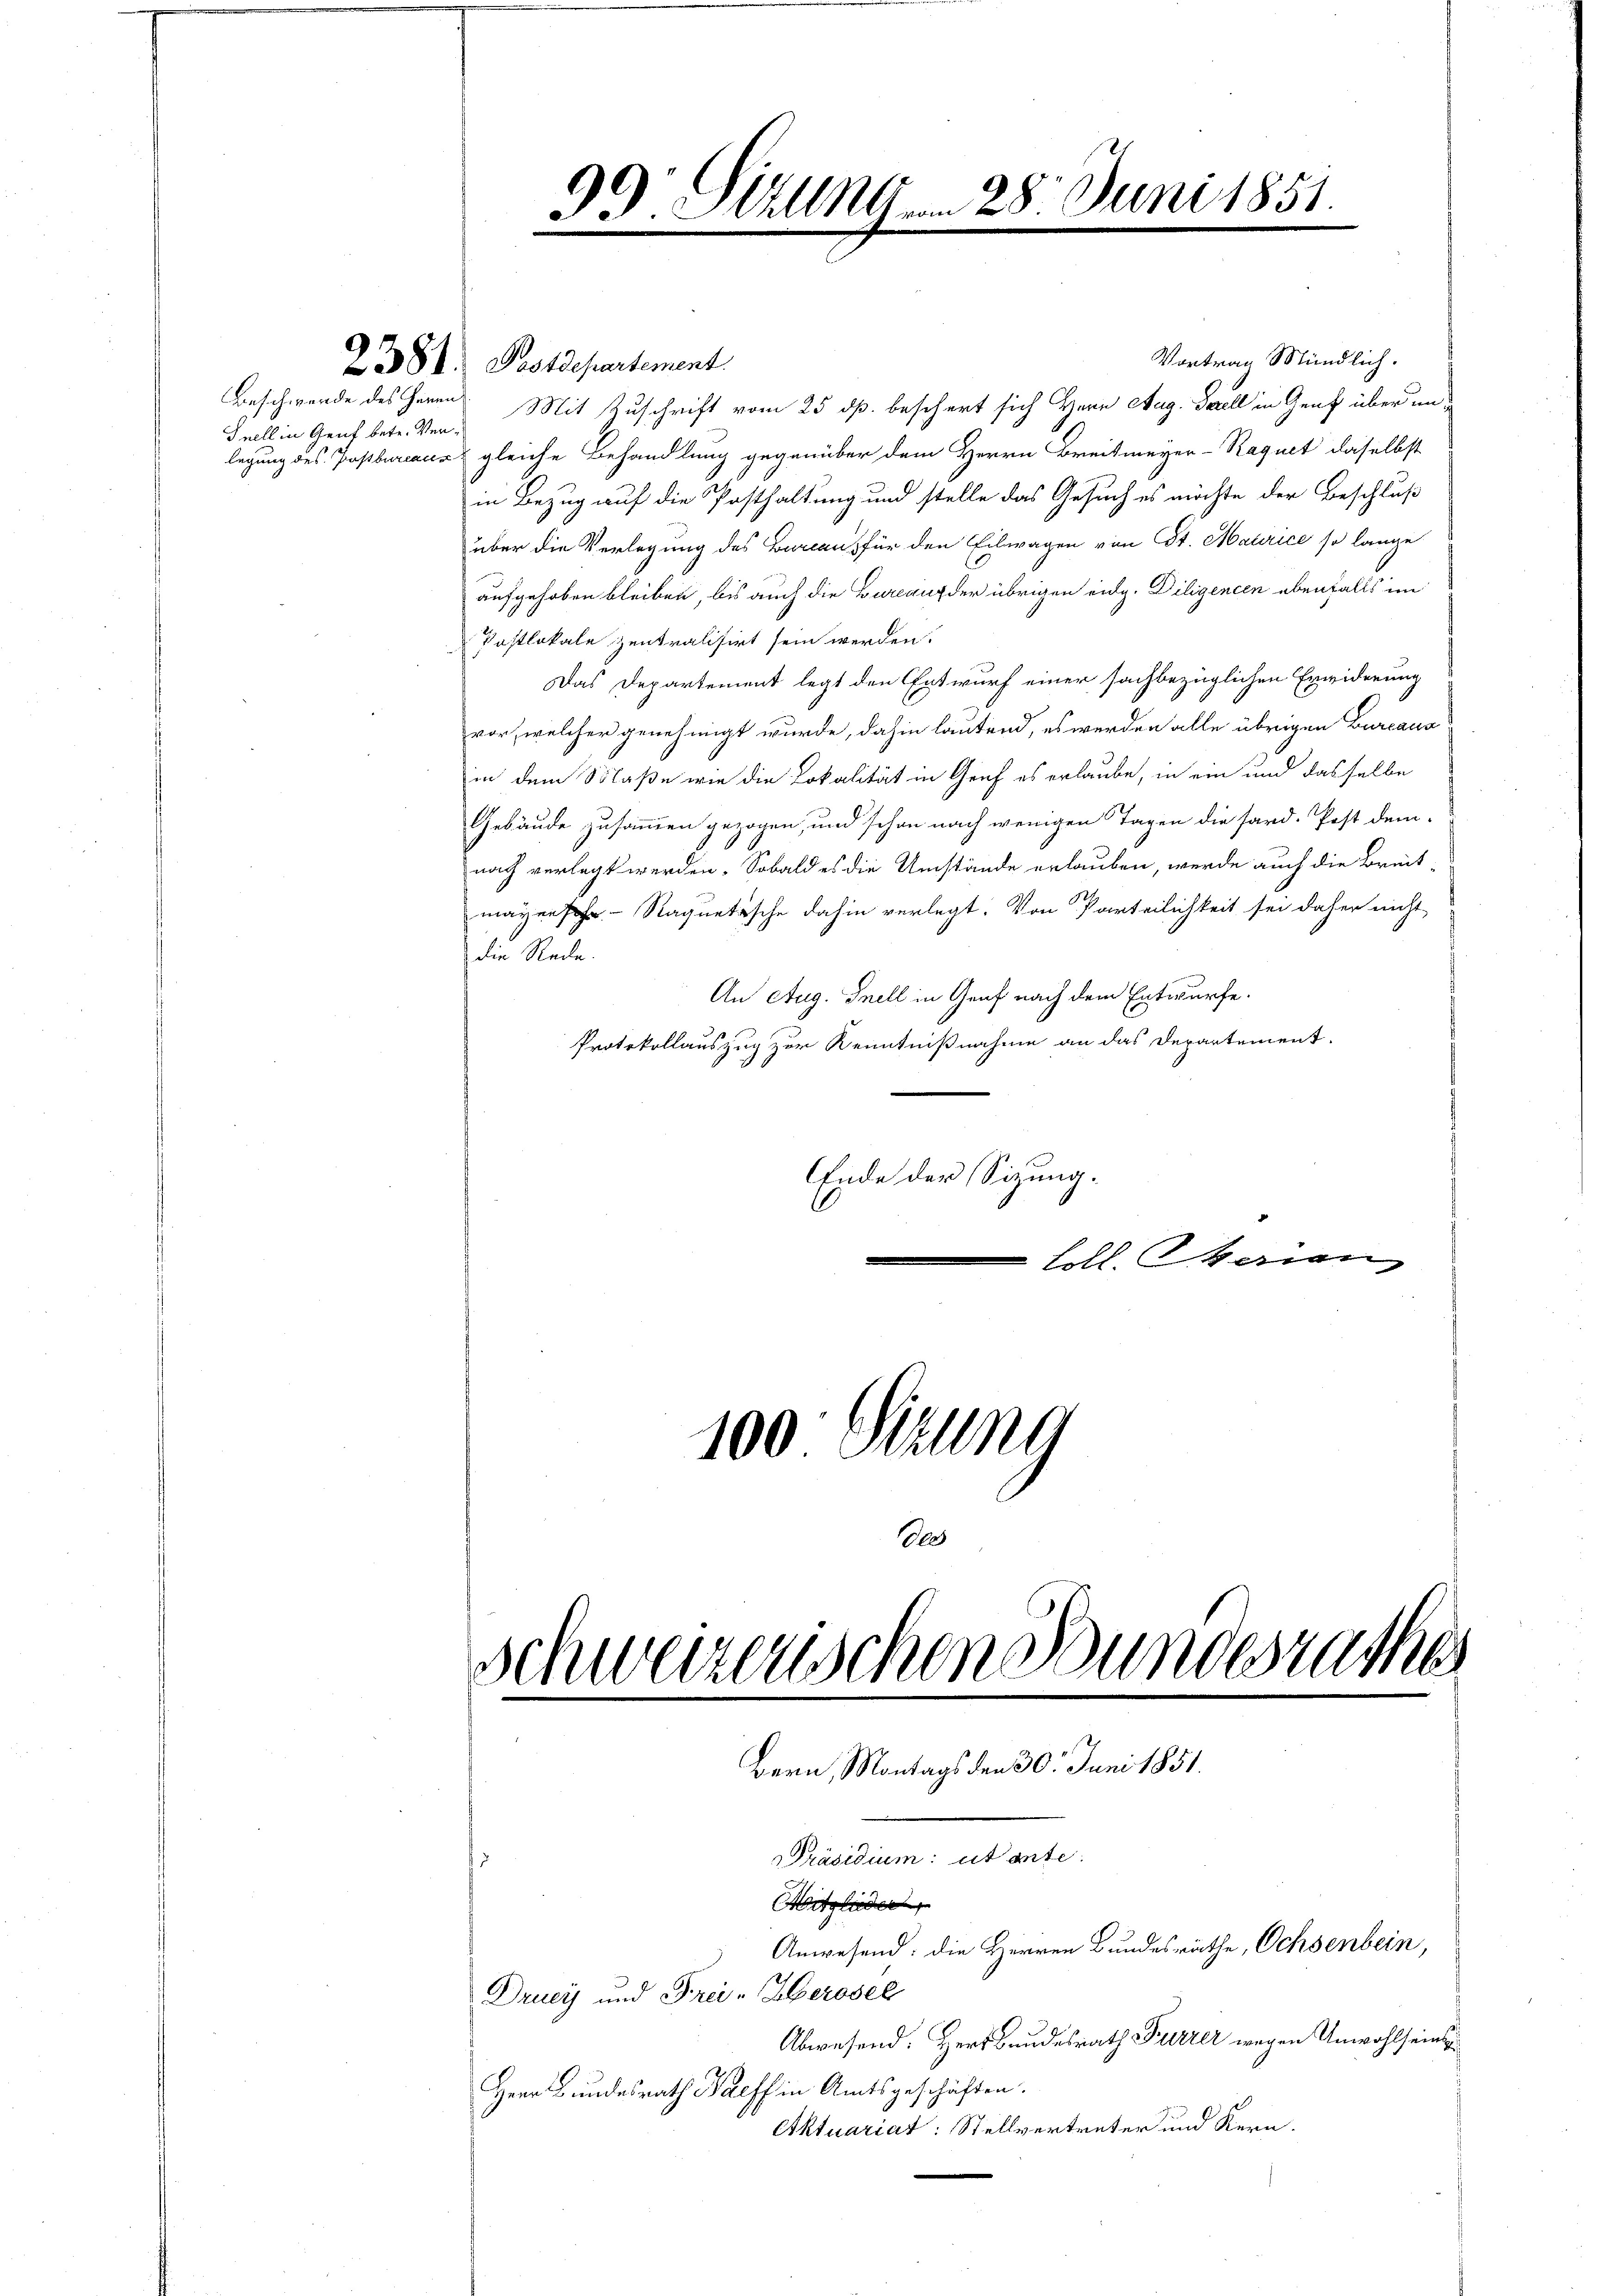
Snell in Genf betr. Ver¬

Vortrag Mündlich.
2381. Postdepartement
Beschwerde des Herrn Mit Zuschrift vom 25. dß. beschert sich Herr Mag. Fall in Genf über unlegung des Postbureaus & gleiche Behandlung gegenüber dem Herrn Breitmeyer-Raquet daselbst
in Bezug auf die Posthaltung und stelle das Gesuch es möchte der Beschluß
über die Verlegung des Bureaus für den Eilwagen von St. Matrice so lange
aufgehoben bleiben, bis auch die Bureau der übrigen eidg. Diligencen ebenfalls im
Vastlokale zentralisirt sein werden.
Das Departement legt den Entwurf einer sachbezüglichen Erwiderung
vor, welcher genehmigt wurde, dahin lautend, es werden alle übrigen Burcana
in dem Maße wie die Lokalität in Graf es erlaube, in ein und dasselbe
Gebäude zusammen gezogen, und schon nach wenigen Tagen die sard. Post dem-
nach verlegt werden. Sobald es die Umstände erlauben, werde auch die Breit-
mayerschr. Ragnetische dahin verlegt. Von Parteilichkeit sei daher nicht
die Rede.
An Aug. Snell in Genf nach dem Entwurfe.
Protokollauszug zur Kenntnißnahme an das Departement.
Ende der Sitzung.
Loll. Marian

100 Sizung
Des
Schweizerischen Bundesrathes
Bern, Montags den 30. Juni 1851.
Präsidium: utante
Mitglieder
Anwesend: die Herren Bundesräthe, Ochsenbein,
Druey und Frei-Kerosel

99 Sizung . . 28. Juni 1851.
.

Abwesend. Herr Bundesrath Furrer wegen Unwohl seins
Herr Bundesrath Palff in Amtsgeschäften.
Ektuariat: Stellvertreter und Kern.